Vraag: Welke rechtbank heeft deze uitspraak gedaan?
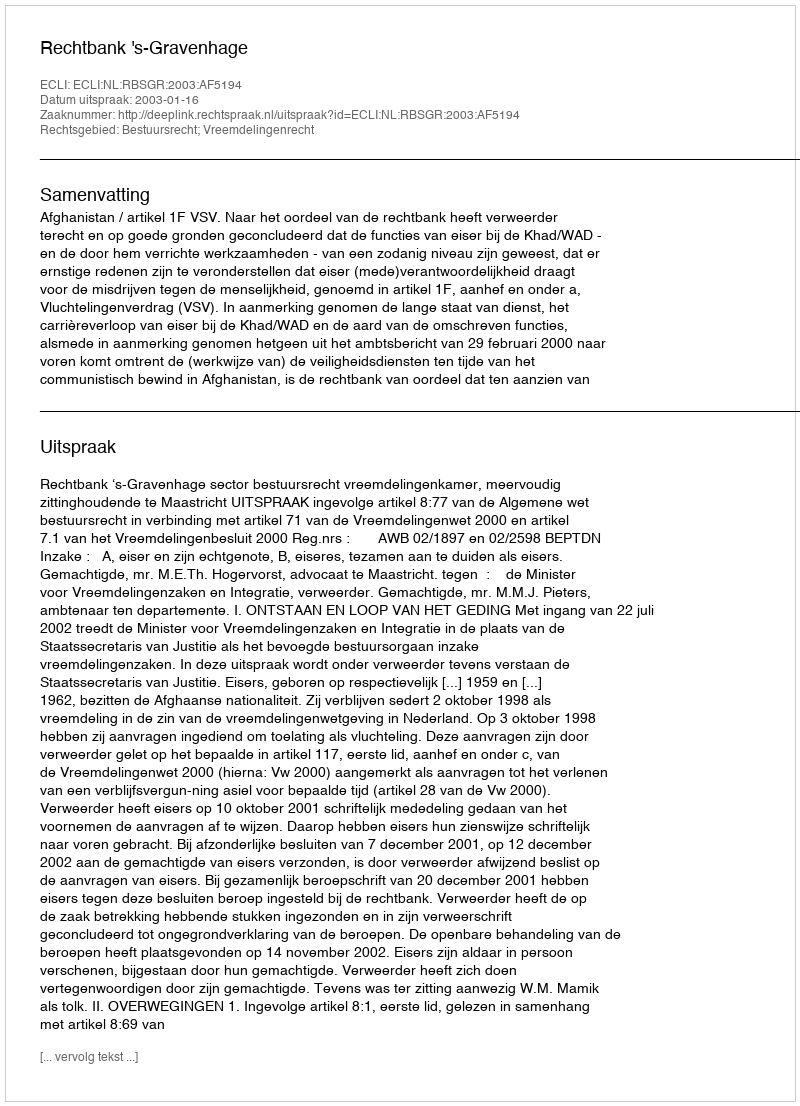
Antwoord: Rechtbank 's-Gravenhage